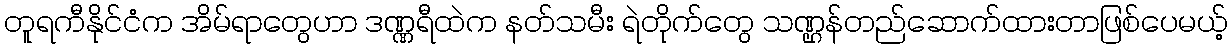
တူရကီနိုင်ငံက အိမ်ရာတွေဟာ ဒဏ္ဏရီထဲက နတ်သမီး ရဲတိုက်တွေ သဏ္ဌန်တည်ဆောက်ထားတာဖြစ်ပေမယ့်